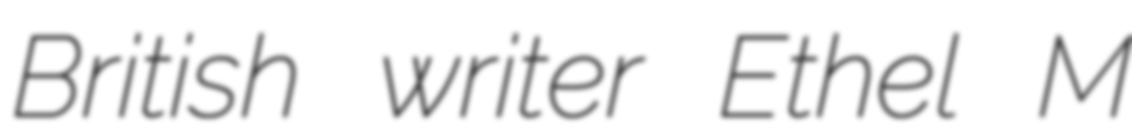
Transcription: British writer Ethel M